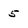
Character: 5